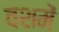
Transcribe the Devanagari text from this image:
वशमें